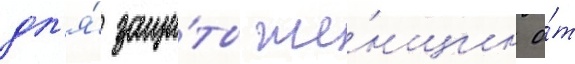
дл'я́ защи́ты же́нщин о́т